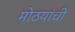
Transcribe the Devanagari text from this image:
मोठयांची